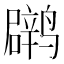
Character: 䴙